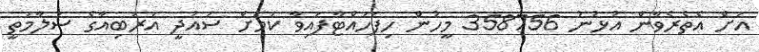
އަށް އެތެރެވާން އުޅުނު 358756 މީހުން ހިފަހައްޓާފައިވާ ކަމަށް ސައުދީ އަރަބިއާގެ ސަލާމަތީ